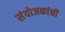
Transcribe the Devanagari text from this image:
संयोजकांची